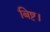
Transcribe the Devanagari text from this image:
बिष्ट।